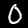
Label: 0